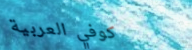
كوفي العربية